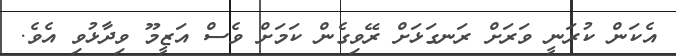
އެކަން ކުރަނީ ވަރަށް ރަނގަޅަށް ރޭވިގެން ކަމަށް ވެސް އަޒީމޫ ވިދާޅުވި އެވެ.